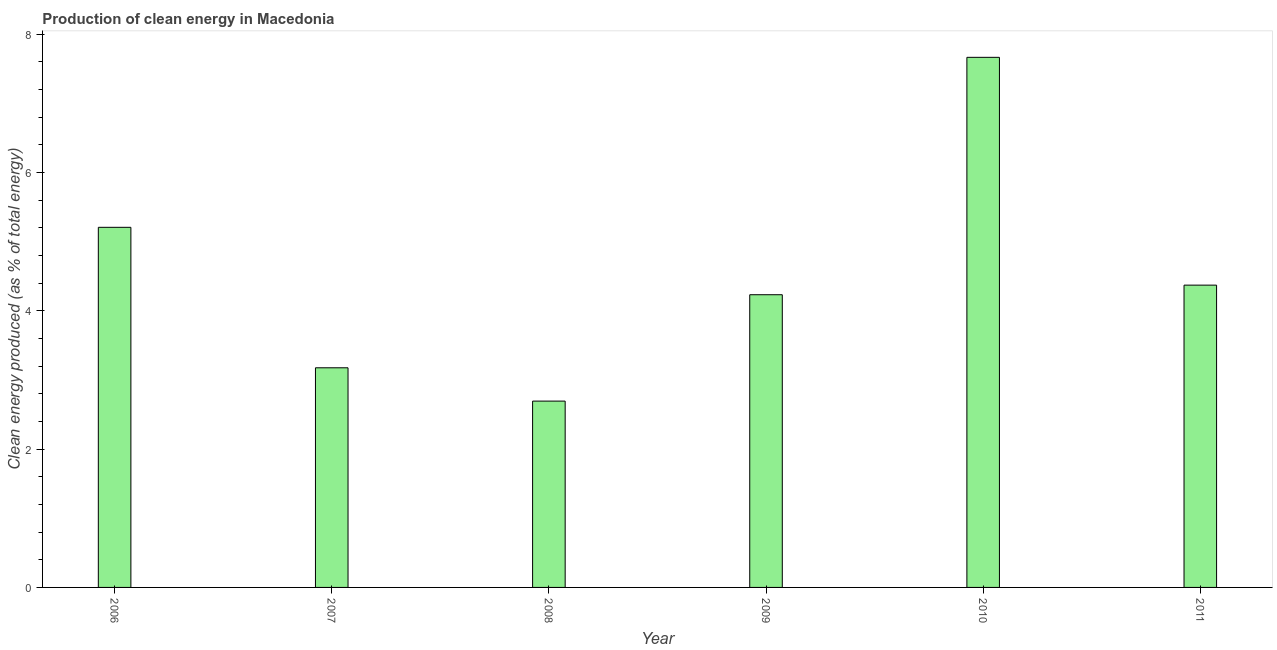
| Year | Alternative and nuclear energy |
 | --- | --- |
 | 2006 | 5.21 |
 | 2007 | 3.18 |
 | 2008 | 2.69 |
 | 2009 | 4.23 |
 | 2010 | 7.67 |
 | 2011 | 4.37 |